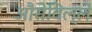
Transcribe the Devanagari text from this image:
औरोविल्ले